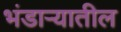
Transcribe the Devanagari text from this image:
भंडार्‍यातील